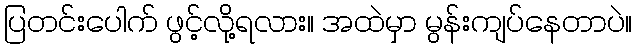
ပြတင်းပေါက် ဖွင့်လို့ရလား။ အထဲမှာ မွန်းကျပ်နေတာပဲ။